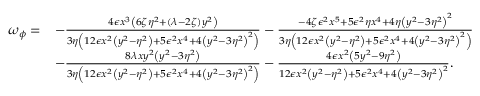
\begin{array} { r l } { \omega _ { \phi } = } & { - \frac { 4 \epsilon x ^ { 3 } \left( 6 \zeta \eta ^ { 2 } + ( \lambda - 2 \zeta ) y ^ { 2 } \right) } { 3 \eta \left( 1 2 \epsilon x ^ { 2 } \left( y ^ { 2 } - \eta ^ { 2 } \right) + 5 \epsilon ^ { 2 } x ^ { 4 } + 4 \left( y ^ { 2 } - 3 \eta ^ { 2 } \right) ^ { 2 } \right) } - \frac { - 4 \zeta \epsilon ^ { 2 } x ^ { 5 } + 5 \epsilon ^ { 2 } \eta x ^ { 4 } + 4 \eta \left( y ^ { 2 } - 3 \eta ^ { 2 } \right) ^ { 2 } } { 3 \eta \left( 1 2 \epsilon x ^ { 2 } \left( y ^ { 2 } - \eta ^ { 2 } \right) + 5 \epsilon ^ { 2 } x ^ { 4 } + 4 \left( y ^ { 2 } - 3 \eta ^ { 2 } \right) ^ { 2 } \right) } } \\ & { - \frac { 8 \lambda x y ^ { 2 } \left( y ^ { 2 } - 3 \eta ^ { 2 } \right) } { 3 \eta \left( 1 2 \epsilon x ^ { 2 } \left( y ^ { 2 } - \eta ^ { 2 } \right) + 5 \epsilon ^ { 2 } x ^ { 4 } + 4 \left( y ^ { 2 } - 3 \eta ^ { 2 } \right) ^ { 2 } \right) } - \frac { 4 \epsilon x ^ { 2 } \left( 5 y ^ { 2 } - 9 \eta ^ { 2 } \right) } { 1 2 \epsilon x ^ { 2 } \left( y ^ { 2 } - \eta ^ { 2 } \right) + 5 \epsilon ^ { 2 } x ^ { 4 } + 4 \left( y ^ { 2 } - 3 \eta ^ { 2 } \right) ^ { 2 } } . } \end{array}